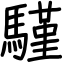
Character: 騹